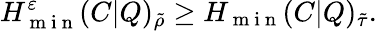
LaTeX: H_{\mathrm{~m~i~n~}}^{\varepsilon}(C|Q)_{\tilde{\rho}}\geq H_{\mathrm{~m~i~n~}}(C|Q)_{\tilde{\tau}}.